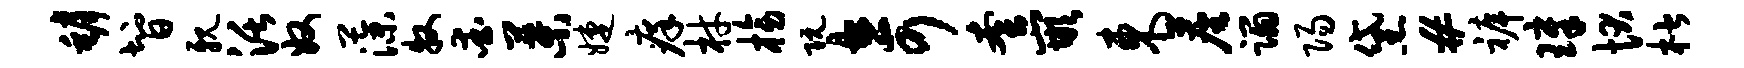
罅智亲活奴藻牧爱叶婕痒材榜阮奇套嵌东尘蹋阳黛#裤璋状楷